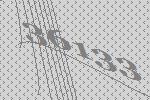
36133